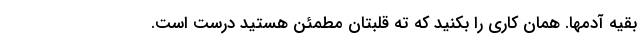
بقیه آدمها. همان کاری را بکنید که ته قلبتان مطمئن هستید درست است.